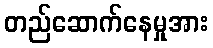
တည်ဆောက်နေမှုအား